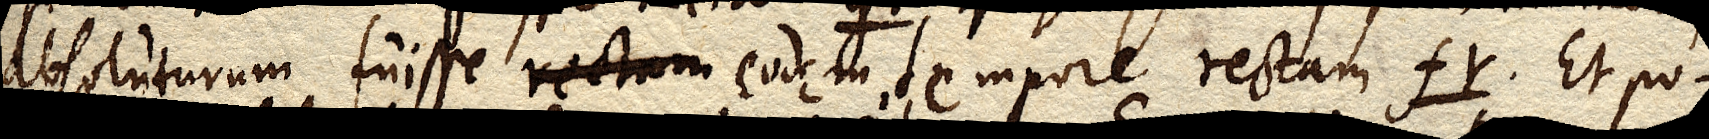
absoluturum fuisse rectam eodem tempore rectam fr. Et po–